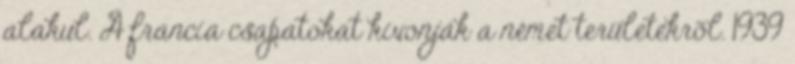
alakul. A francia csapatokat kivonják a német területekrõl. 1939